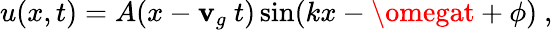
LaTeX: u(x,t)=A(x-\mathbf{v}_{g}\ t)\sin(kx-\omegat+\phi)\ ,